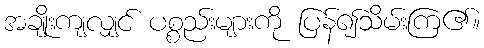
အချိုးကျလျှင် ပစ္စည်းများကို ပြန်၍သိမ်းကြ၏။